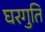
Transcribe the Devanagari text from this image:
घरगुति